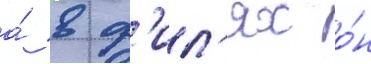
а́ в ф'ил'ях о́н